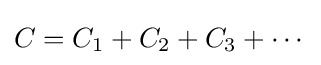
C=C_{1}+C_{2}+C_{3}+\cdots